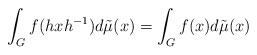
LaTeX: \begin{align*}\int_G f(hxh^{-1})d\tilde{\mu}(x)=\int_G f(x)d\tilde{\mu}(x)\end{align*}